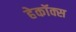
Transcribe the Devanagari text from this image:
हेकॉक्स